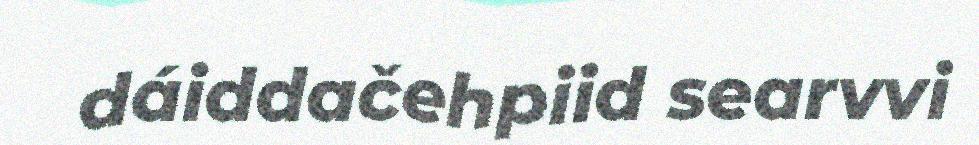
dáiddačehpiid searvvi